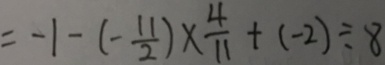
= - 1 - ( - \frac { 1 1 } { 2 } ) \times \frac { 4 } { 1 1 } + ( - 2 ) \div 8